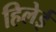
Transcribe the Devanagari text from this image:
हिलेई